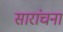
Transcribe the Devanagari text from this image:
सारांचना